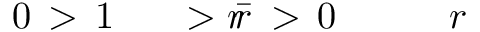
r \! \! \! \! \! \! \! \! \! \! \! \! _ { \! } \! \! \! \! \! \! \! \! \! \! \! 0 \! \! \! \! \! \! \! \! \! \! \! \! > \! \! \! \! \! \! \! \! \! \! \! \! \bar { r } \! \! \! \! \! \! \! \! \! \! \! \! > r \! \! \! \! \! \! \! \! \! \! \! \! _ { \! } \! \! \! \! \! \! \! \! \! \! \! 1 \! \! \! \! \! \! \! \! \! \! \! \! > \! \! \! \! \! \! \! \! \! \! \! \! 0 \! \! \! \! \! \! \! \! \! \! \!